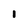
Character: i